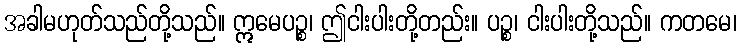
အခါမဟုတ်သည်တို့သည်။ ဣမေပဉ္စ၊ ဤငါးပါးတို့တည်း။ ပဉ္စ၊ ငါးပါးတို့သည်။ ကတမေ၊